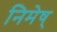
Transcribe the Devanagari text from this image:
निमेष्